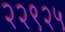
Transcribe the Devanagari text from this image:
२२९२५